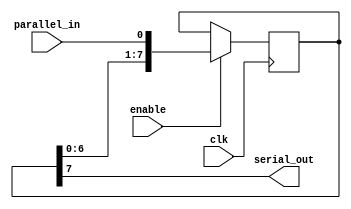
module piso_shift_register (
  input wire clk, //clock signal
  input wire enable, //control signal for shifting the data
  input wire parallel_in, //input data line
  output wire serial_out //output line
);

reg [7:0] shift_reg; //8-bit shift register

always @(posedge clk) begin
  if(enable) begin
    //Shift data
    shift_reg <= {shift_reg[6:0], parallel_in};
  end
end

assign serial_out = shift_reg[7]; //Output the last bit of shift register

endmodule